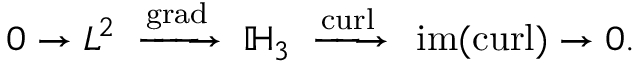
0 \to L ^ { 2 } \; \; { \xrightarrow { \operatorname { g r a d } } } \; \; \mathbb { H } _ { 3 } \; \; { \xrightarrow { \operatorname { c u r l } } } \; \; \operatorname { i m } ( \operatorname { c u r l } ) \to 0 .